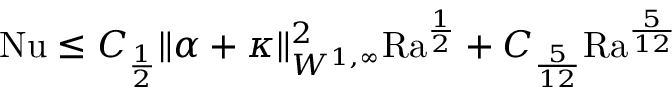
\begin{array} { r } { \mathrm { { N u } } \leq C _ { \frac { 1 } { 2 } } \| \alpha + \kappa \| _ { W ^ { 1 , \infty } } ^ { 2 } \mathrm { { R a } } ^ { \frac { 1 } { 2 } } + C _ { \frac { 5 } { 1 2 } } \mathrm { { R a } } ^ { \frac { 5 } { 1 2 } } } \end{array}